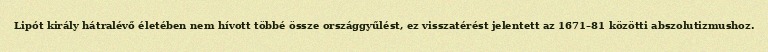
Lipót király hátralévő életében nem hívott többé össze országgyűlést, ez visszatérést jelentett az 1671–81 közötti abszolutizmushoz.